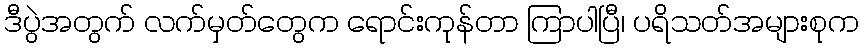
ဒီပွဲအတွက် လက်မှတ်တွေက ရောင်းကုန်တာ ကြာပါပြီ၊ ပရိသတ်အများစုက